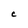
Character: C